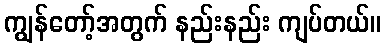
ကျွန်တော့်အတွက် နည်းနည်း ကျပ်တယ်။